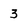
Character: 3